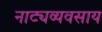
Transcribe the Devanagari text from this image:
नाट्यव्यवसाय